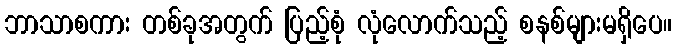
ဘာသာစကား တစ်ခုအတွက် ပြည့်စုံ လုံလောက်သည့် စနစ်များမရှိပေ။